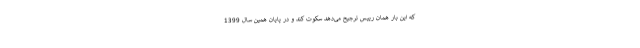
که این بار همان رییس ترجیح می‌دهد سکوت کند و در پایان همین سال 1399